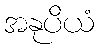
အနုပိယံ